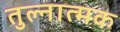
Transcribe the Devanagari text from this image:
तुल्नात्मक